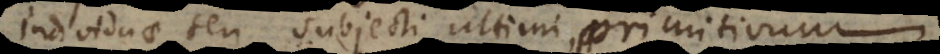
individuae seu subjecti ultimi, primitivum